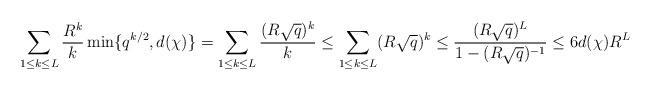
LaTeX: \begin{align*}\sum_{1 \le k \le L} \frac{R^{k}}{k} \min\{q^{k/2},d(\chi)\} = \sum_{1 \le k \le L} \frac{(R\sqrt{q})^k}{k} \le \sum_{1 \le k \le L} (R\sqrt{q})^k \le \frac{(R\sqrt{q})^L}{1-(R\sqrt{q})^{-1}} \le 6d(\chi) R^L \end{align*}